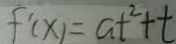
f ^ { \prime } ( x ) = a t ^ { 2 } + t